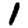
Digit: 1